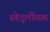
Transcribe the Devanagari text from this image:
स्वेर्द्लोव्स्क